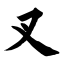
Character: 叉